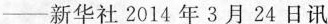
—新华社2014年3月24日讯